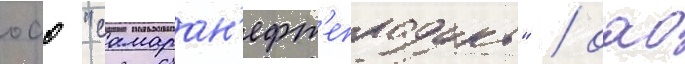
оао "самаран'ефт'епродукт" / оао